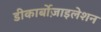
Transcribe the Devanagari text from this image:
डीकार्बोज़ाइलेशन